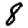
Digit: 8